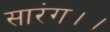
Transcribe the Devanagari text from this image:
सारंग।।